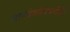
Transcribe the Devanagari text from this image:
ज्ञानदेवांविषयीही